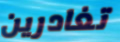
تغادرين